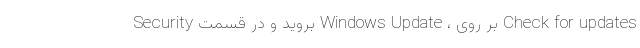
Security بروید و در قسمت Windows Update ، بر روی Check for updates